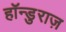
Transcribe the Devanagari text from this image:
हॉन्डुराज़